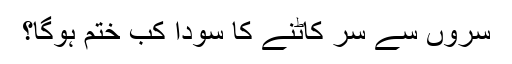
سروں سے سر کاٹنے کا سودا کب ختم ہوگا؟